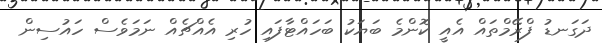
ދަގަނޑު ފްރޭމްތައް އެއީ ކޮންމެ ބަޔަކު ބަހައްޓާފައި ހުރި އެއްޗެއް ނަމަވެސް ހައުސިން